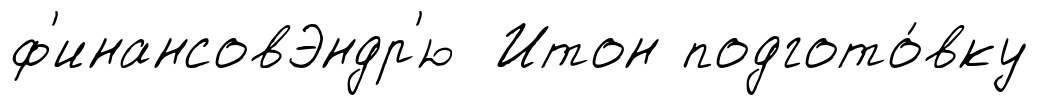
ф'инансовЭндр'ю Итон подгото́вку